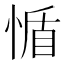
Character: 𢝺